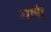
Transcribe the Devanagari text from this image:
भांपी